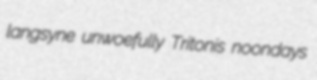
langsyne unwoefully Tritonis noondays